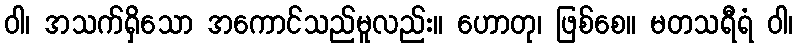
ဝါ၊ အသက်ရှိသော အကောင်သည်မူလည်း။ ဟောတု၊ ဖြစ်စေ။ မတသရီရံ ဝါ၊